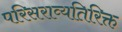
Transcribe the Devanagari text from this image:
परिसराव्यतिरिक्त